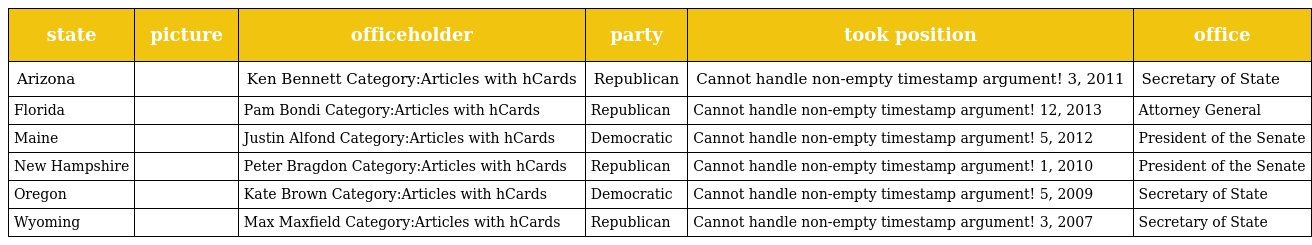
| state | picture | officeholder | party | took position | office |
 | --- | --- | --- | --- | --- | --- |
 | Arizona |  | Ken Bennett Category:Articles with hCards | Republican | Cannot handle non-empty timestamp argument! 3, 2011 | Secretary of State |
 | Florida |  | Pam Bondi Category:Articles with hCards | Republican | Cannot handle non-empty timestamp argument! 12, 2013 | Attorney General |
 | Maine |  | Justin Alfond Category:Articles with hCards | Democratic | Cannot handle non-empty timestamp argument! 5, 2012 | President of the Senate |
 | New Hampshire |  | Peter Bragdon Category:Articles with hCards | Republican | Cannot handle non-empty timestamp argument! 1, 2010 | President of the Senate |
 | Oregon |  | Kate Brown Category:Articles with hCards | Democratic | Cannot handle non-empty timestamp argument! 5, 2009 | Secretary of State |
 | Wyoming |  | Max Maxfield Category:Articles with hCards | Republican | Cannot handle non-empty timestamp argument! 3, 2007 | Secretary of State |